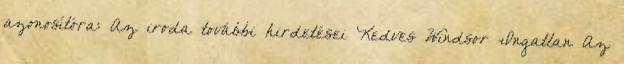
azonosítóra: Az iroda további hirdetései Kedves Windsor Ingatlan Az